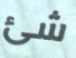
شئ